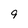
Character: 9